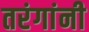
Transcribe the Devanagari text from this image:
तरंगांनी